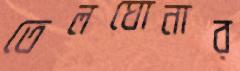
তেলঘোনার